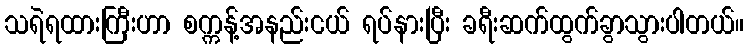
သရဲရထားကြီးဟာ စက္ကန့်အနည်းငယ် ရပ်နားပြီး ခရီးဆက်ထွက်ခွာသွားပါတယ်။